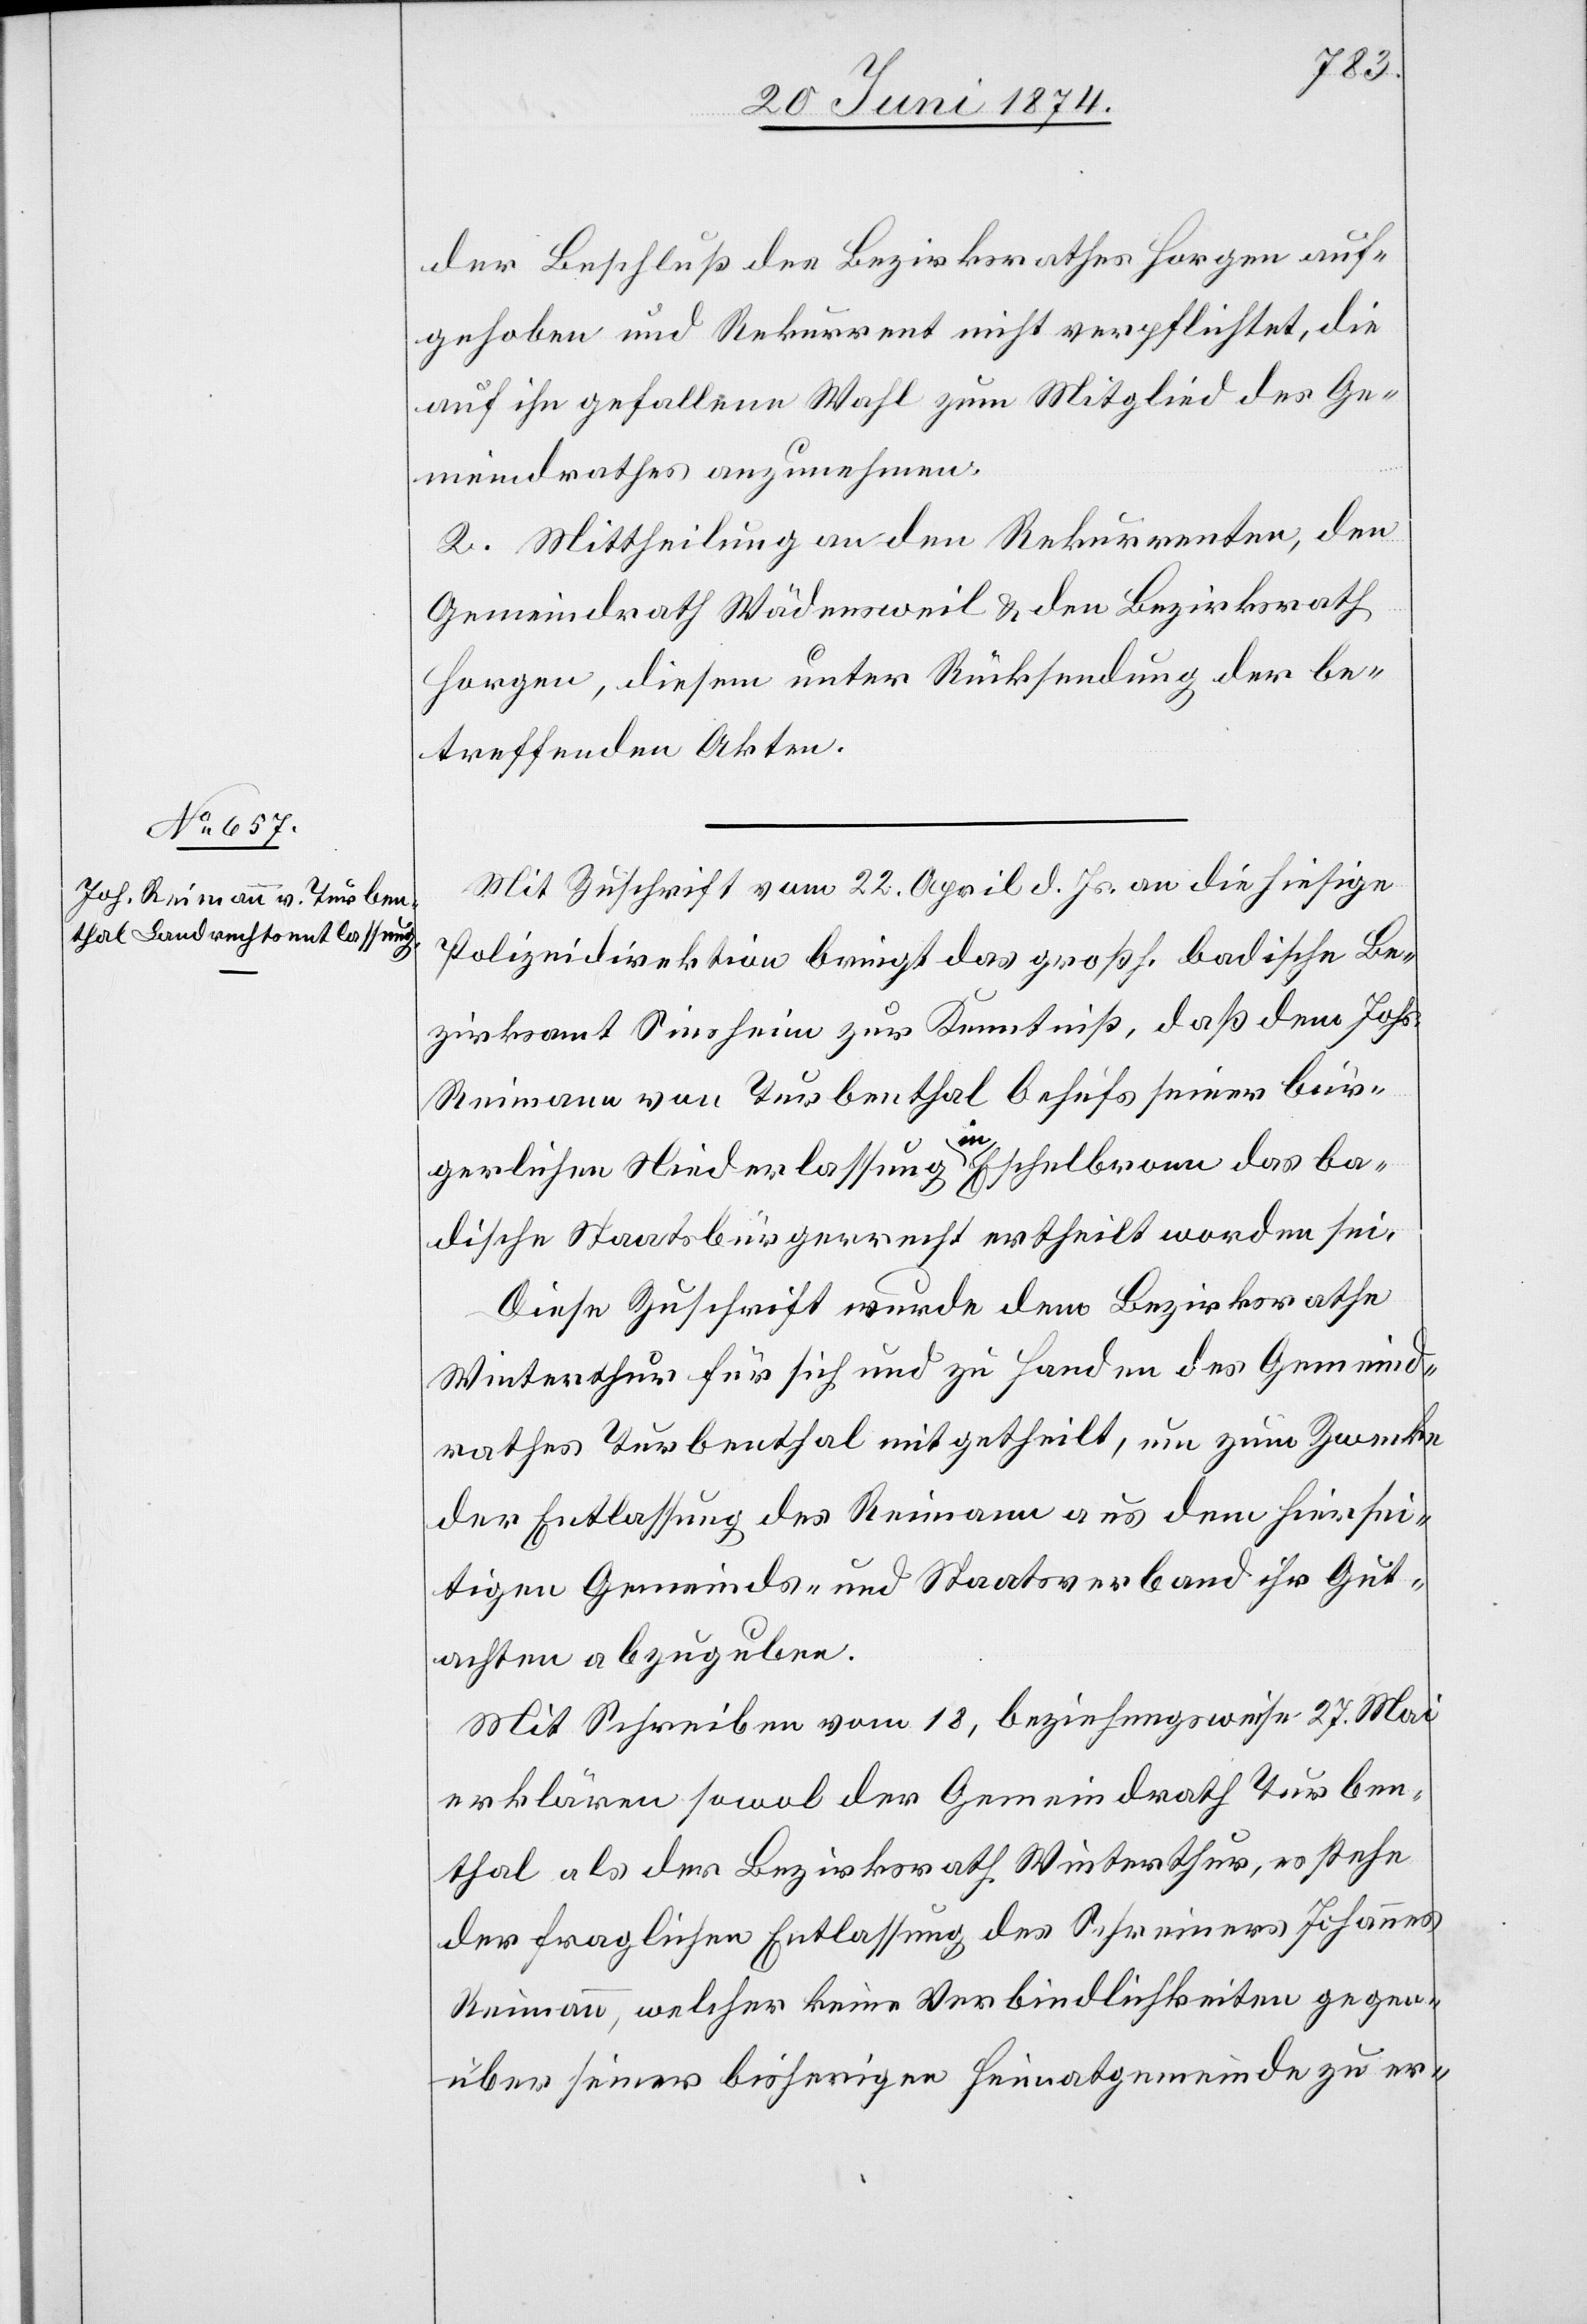
der Beschluß des Bezirksrathes Horgen auf¬
gehoben und Rekurrent nicht verpflichtet, die
auf ihn gefallene Wahl zum Mitglied des Ge¬
meindrathes anzunehmen.
2. Mittheilung an den Rekurrenten, den
Gemeindrath Wädensweil u. den Bezirksrath
Horgen, diesem unter Rücksendung der be¬
treffenden Akten.
Mit Zuschrift vom 22. April d. Js. an die hiesige
Polizeidirektion bringt das großh. badische Be¬
zirksamt Sinsheim zur Kenntniß, daß dem Johs.
Reimann von Turbenthal behufs seiner bür¬
gerlichen Niederlassung in Eschelbronn das ba¬
dische Staatsbürgerrecht ertheilt worden sei.
Diese Zuschrift wurde dem Bezirksrathe
Winterthur für sich und zu Handen des Gemeind¬
rathes Turbenthal mitgetheilt, um zum Zwecke
der Entlassung des Reimann aus dem hiersei¬
tigen Gemeinds- und Staatsverband ihr Gut¬
achten abzugeben.
Mit Schreiben vom 18, beziehungsweise 27. Mai
erklären sowol der Gemeindrath Turben¬
thal als der Bezirksrath Winterthur, es stehe
der fraglichen Entlassung des Schreiners Johannes
Reimann, welcher keine Verbindlichkeiten gegen¬
über seiner bisherigen Heimatgemeinde zu er-